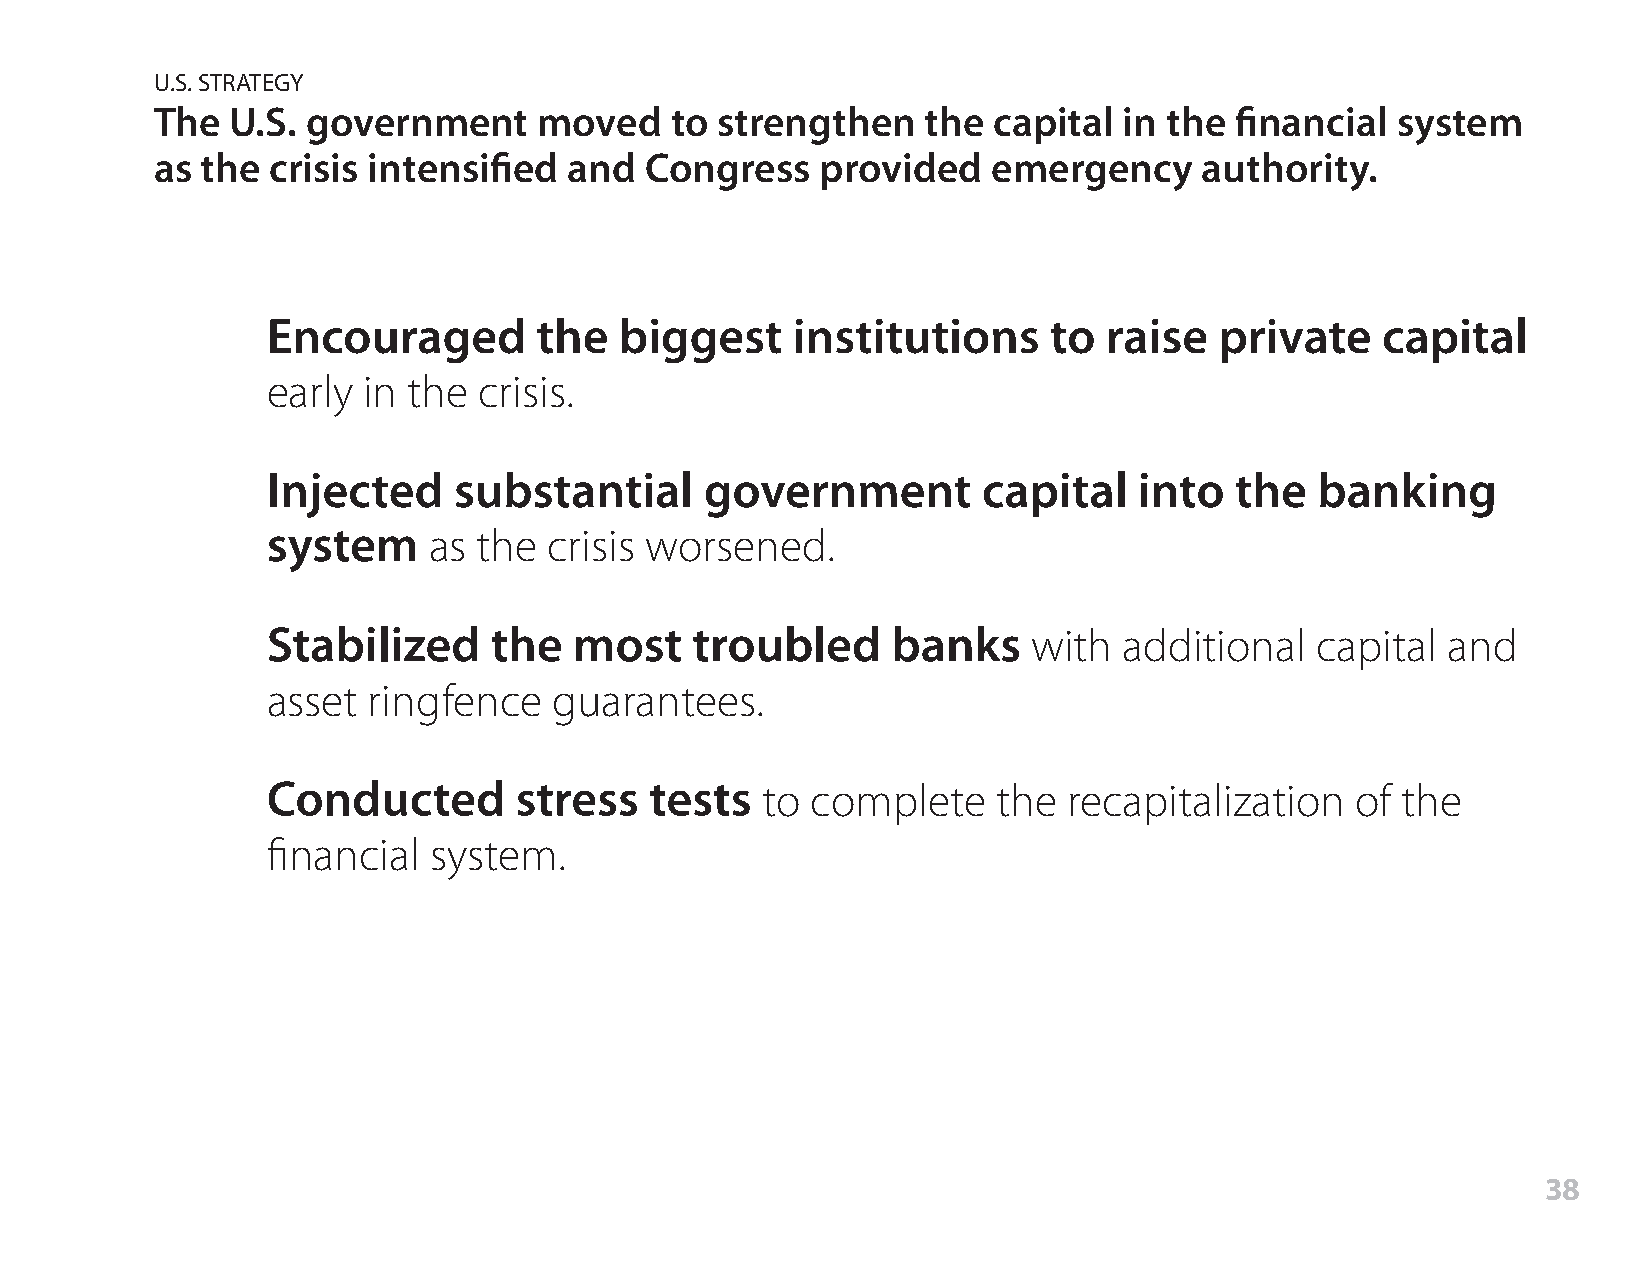
U.S. STRATEGY
 The  U.S. government      moved   to strengthen    the  capital in the  financial system
 as the  crisis intensified  and  Congress   provided    emergency     authority.
 Encouraged        the  biggest    institutions     to  raise   private   capital
 early in the  crisis.
 Injected    substantial      government        capital   into   the  banking
 system    as  the crisis worsened.
 Stabilized    the   most    troubled     banks    with  additional   capital  and
 asset ringfence    guarantees.
 Conducted       stress   tests  to  complete    the  recapitalization   of the
 financial system.
 38